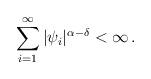
LaTeX: \begin{align*} \sum_{i=1}^\infty|\psi_i|^{\alpha-\delta}<\infty\,. \end{align*}